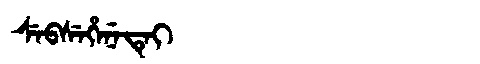
Manchu: ᠰᡝᠪᠰᡝᡥᡝᠨᡝᡨᡝᡳ
Romanization: SEBSEHENETEI